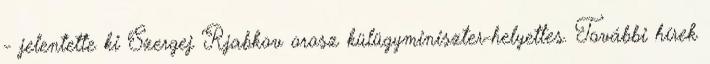
- jelentette ki Szergej Rjabkov orosz külügyminiszter-helyettes. További hírek